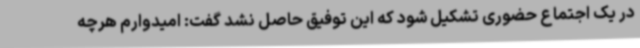
در یک اجتماع حضوری تشکیل شود که این توفیق حاصل نشد گفت: امیدوارم هرچه